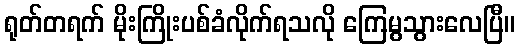
ရုတ်တရက် မိုးကြိုးပစ်ခံလိုက်ရသလို ကြေမွသွားလေပြီ။